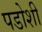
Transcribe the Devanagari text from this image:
पडोशी